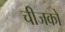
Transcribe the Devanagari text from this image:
चीजको